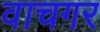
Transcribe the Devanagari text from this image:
वाचगर